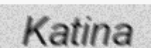
Katina